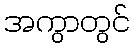
အကွာတွင်